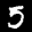
Label: 5